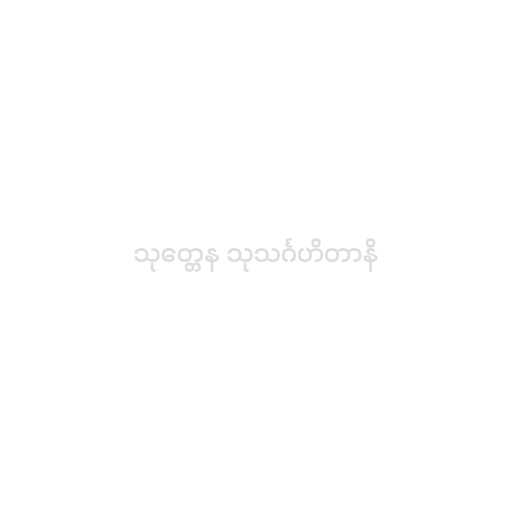
သုတ္တေန သုသင်္ဂဟိတာနိ